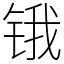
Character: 锇